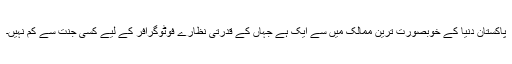
پاکستان دنیا کے خوبصورت ترین ممالک میں سے ایک ہے جہاں کے قدرتی نظارے فوٹوگرافر کے لیے کسی جنت سے کم نہیں۔